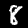
Label: 8